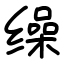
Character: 缲